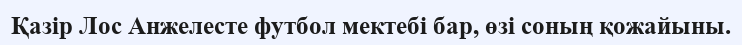
Қазір Лос Анжелесте футбол мектебі бар, өзі соның қожайыны.